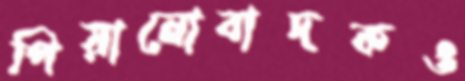
পিয়ানোবাদকও